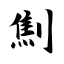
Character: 劁